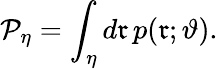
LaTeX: \mathcal{P}_{\eta}=\int_{\eta}d\mathfrak{r}\, p(\mathfrak{r};\vartheta).